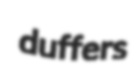
duffers